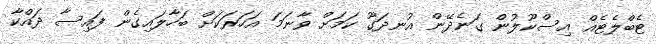
ޓެބްލެޓެއް އިސްކޫލުން ގަނެދޭން އުނދަގޫ ކަމަށް ވާނަމަ އަހަރަކަށް ބަހާލައިގެން ފައިސާ ދައްކާ